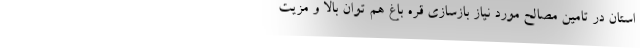
استان در تامین مصالح مورد نیاز بازسازی قره باغ هم توان بالا و مزیت